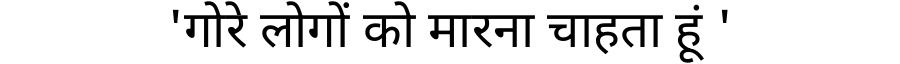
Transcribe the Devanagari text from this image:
'गोरे लोगों को मारना चाहता हूं '